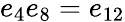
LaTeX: e_{4}e_{8}=e_{12}